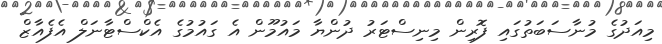
މިއަދުގެ މުނާސަބަތުގައި ފޮރިން މިނިސްޓަރު ދުންޔާ މައުމޫން އެ ގައުމުގެ އެކްސްޓާނަލް އެފެއާޒް